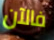
فالآن